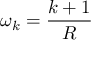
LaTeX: \omega _ { k } = \frac { k + 1 } { R }